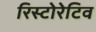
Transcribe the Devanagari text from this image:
रिस्टोरेटिव